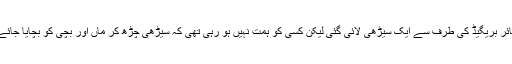
فائر بریگیڈ کی طرف سے ایک سیڑھی لائی گئی لیکن کسی کو ہمت نہیں ہو رہی تھی کہ سیڑھی چڑھ کر ماں اور بچی کو بچایا جائے۔